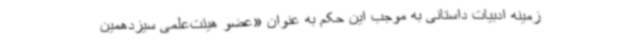
زمینه ادبیات داستانی به موجب این حکم به عنوان «عضو هیئت‌علمی سیزدهمین